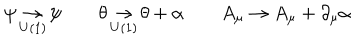
\psi \mathop \to _ { U ( 1 ) } \psi \qquad \theta \mathop \to _ { U ( 1 ) } \theta + \alpha \qquad A _ { \mu } \to A _ { \mu } + \partial _ { \mu } \alpha